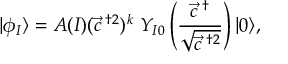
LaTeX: \vert \phi _ { I } \rangle = A ( I ) ( \vec { c } ^ { \; \dagger 2 } ) ^ { k } \; Y _ { I 0 } \left( \frac { \vec { c } ^ { \; \dagger } } { \sqrt { \vec { c } ^ { \; \dagger 2 } } } \right) \vert 0 \rangle ,